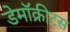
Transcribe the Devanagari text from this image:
डेमॉक्रीटस